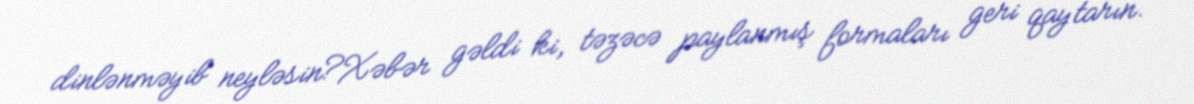
dinlənməyib neyləsin?Xəbər gəldi ki, təzəcə paylanmış formaları geri qaytarın.